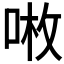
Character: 𠶣